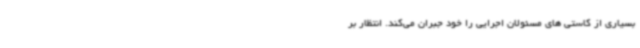
بسیاری از کاستی های مسئولان اجرایی را خود جبران می‌کند. انتظار بر